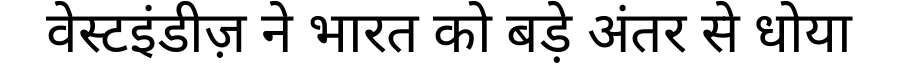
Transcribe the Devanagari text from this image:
वेस्टइंडीज़ ने भारत को बड़े अंतर से धोया